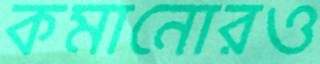
কমানোরও